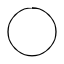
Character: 〇